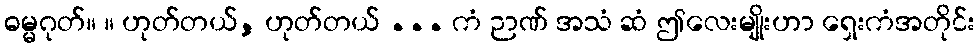
ဓမ္မဂုတ်။ ။ ဟုတ်တယ်, ဟုတ်တယ် ... ကံ ဉာဏ် အသံ ဆံ ဤလေးမျိုးဟာ ရှေးကံအတိုင်း